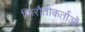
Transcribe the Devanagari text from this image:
फिरौतीकर्ताओं